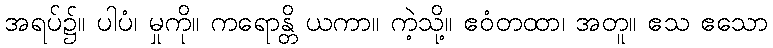
အရပ်၌။ ပါပံ၊ မှုကို။ ကရောန္တိ ယကာ။ ကဲ့သို့။ ဧဝံတထာ၊ အတူ။ ဧသ ဧသော